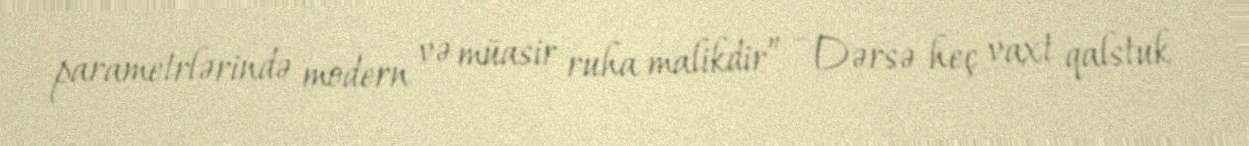
parametrlərində modern və müasir ruha malikdir” - Dərsə heç vaxt qalstuk